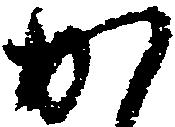
か